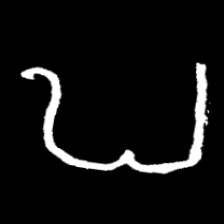
Pyu character \u2014 Myanmar letter: ဎ (romanized: ddha)